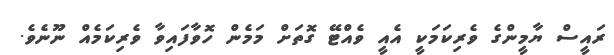
ރައީސް ޔާމީންގެ ވެރިކަމަކީ އެއީ ވެއްޓޭ ގޮތަށް މަމެން ހޮވާފައިވާ ވެރިކަމެއް ނޫނެވެ.